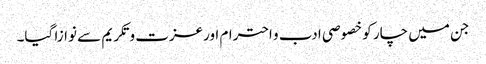
جن میں چار کو خصوصی ادب و احترام اورعزت و تکریم سے نوازا گیا۔